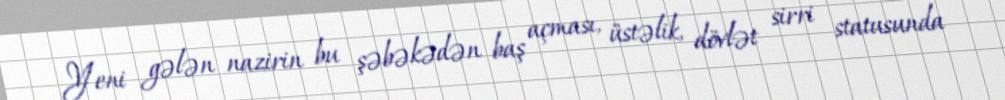
Yeni gələn nazirin bu şəbəkədən baş açması, üstəlik, dövlət sirri statusunda